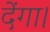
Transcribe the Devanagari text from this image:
देंगा।